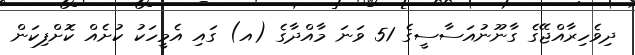
ދިވެހިރާއްޖޭގެ ގާނޫނުއަސާސީގެ 51 ވަނަ މާއްދާގެ (އ) ގައި އެމީހަކު ކުށެއް ކޮށްފިކަން